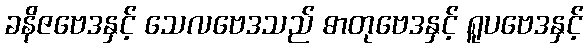
ခနိဇဗေဒနှင့် သေလဗေဒသည် ဓာတုဗေဒနှင့် ရူပဗေဒနှင့်